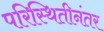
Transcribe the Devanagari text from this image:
परिस्थितीनंतर